[Report on the health of British troops in the Madras command]
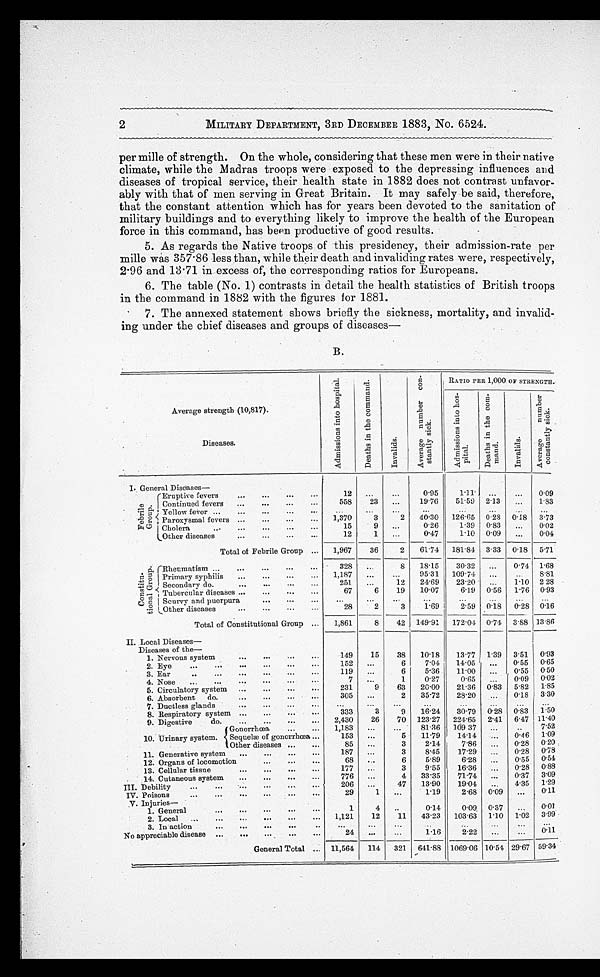
2
MILITARY DEPARTMENT, 3RD DECEMBER. 1883, No. 6524.
per mile of strength. On the whole, considering that these men were in their native
climate, while the Madras troops were exposed to the depressing influences and
diseases of tropical service, their health state in 1882 does not contrast unfavor
-
ably with that of men serving in Great Britain. It may safely be said, therefore,
that the constant attention which has for years been devoted to the sanitation of
military buildings and to everything likely to improve the health of the European
force in this command, has been productive of good results.
5. As regards the Native troops of this presidency, their admission-rate per
mile was 357.86 less than, while their death and invaliding rates were, respectively,
2.96 and 13.71 in excess of, the corresponding ratios for Europeans.
6. The table (No. 1) contrasts in detail the health statistics of British troops
in the command in 1882 with the figures for 1881.
7. The annexed statement shows briefly the sickness, mortality, and invalid-
ing under the chief diseases and groups of diseases
—
B.
Average strength (10,817).
A d m i s s i o n s i n t o h o s p i t a l .
D e a t h s i n t h e c o m m a n d .
I n v a l i d s .
Av e r a g e n u mb e r c o n - s t a n t l y s i c k . RATIO PER 1,000 OF STRENGTH.
A d m i s s i o n s i n t o h o s - p i t a l .
D e a t h s i n t h e c o m - m a n d .
I n v a l i d s .
A v e r a g e n u m b e r c o n s t a n t l y s i c k .
Diseases.
I. General Diséases
—
F e b r i l e G r o u p .
Eruptive fevers . . .
12
. . .
. . .
0.95
1.11 . . .
. . . 0.09
Continued fevers . . .
558
23
. . .
19.76
51.59 2.13
. . . 1.83
Yellow fever . . .
. . .
. . .
. . .
. . .
. . .
. . .
. . .
. . .
Paroxysmal fevers . . .
1,370
3
2
40.30
126.65 0.28 0.18 3.73
Cholera . . .
15
9
. . .
0.26
1.39 0.8
. . . 0.02
Other diseases . . .
12
1
. . .
0.47
1.10 0.09
. . .
0.04
Total of Febrile Group . . .
1,967
36
2
61.74 181.84 3.33 0.18 5.71
C o n s t i t n - t i o n a l G r o u p .
Rheumatism . . .
328
. . .
8
18.15
30.32
. . .
0.74 1.68
Primary syphilis . . .
1,187
. . .
. . . 95.31
109.74
. . .
. . . 8.81
Secondary do . . .
251
. . .
12
24.69
23.20
. . . 1.10 2.28
Tubercular diseases . . .
67
6
19
10.07
6.19 0.56 1.76 0.93
Scurvy and puerpura . . .
. . .
. . .
. . .
. . .
. . . . . .
. . .
. . .
Other Other diseases . . .
28
2
3
1.69
2.59 0.18 0.28 0.16
Total of Constitutional Group . . .
1,861
8
42 149.91
172.04 0.74 3.88 13.86
II. Local Diseases
—
Diseases of the
—
1. Nervous system . . .
149
15
38
10.18
13.77 1.39 3.51 0.93
2. Eye . . .
152
. . .
6
7.04
14.05
. . .
0.55 0.65
3..Ear . . .
119
. . .
6
5.36
11.00
. . . 0.55 0.50
4. Nose . . .
7
. . .
1
0.27
0.6
. . . 0.09 0.02
5. Circulatory system . . .
231
9
63
20.00
21.36 0..83 5.82 1.85
6. Absorbent do . . .
305
. . .
2
35.72
28.20
. . .
0.18 3.30
7. D uctless glands . . .
. . .
. . . . . .
. . .
. . .
. . .. . .
. . .
8. Respiratory system . . .
333
3
9
16.24
30.79 0.28 0.83 1.50
9. Digestive
do . . .
2,430
26
70 123.27 224.65 2.41 6.47 11.40
10. Urinary system.
Gonorrhœa . . .
1,183
. . .
. . .
81.36 109.37
. . .
. . . 7.52
Sequelæ of gonorrhœa
. . .
153
. . .
5
11.79
14.14
. . .
0.46 1.09
Other diseases . . .
85
. . .
3
2.14
7.86
. . . 0.28 0.20
11. Generative system . . .
187
. . .
3
8.45
17.29
. . .
0.28 0.78
12. Organs of locomotion . . .
68
. . .
6
5.89
6.28
. . . 0.55 0.54
13. Cellular tissue . . .
177
. . .
3
9.55
16.36
. . .
0.28 0.88
14. Cutaneous system . . .
776
. . .
4
33.35
71.74
. . . 0.37 3.09
III. Debility . . .
206
. . .
47
13.90
19.0
4.35 1.29
IV. Poisons . . .
29
1
. . .
1.19
2.68 0.09
. . . 0.11
V. Injuries —
1. General . . .
1
4
. . .
0.14
0.09. 0.37
. . . 0.01
2. Local . . .
1,121
12
11
43.23
103.63 1.10 1.02 3.99
3. In action . . .
. . .
. . .
. . .
. . .
. . .
. . .
. . .
. . .
No appreciable disease . . .
24
. . .
. . .
1.16
2.22
. . .. . .
0.11
General Total . . . 11,564
114
321 641.88 1069.06 10.51 29.67 59.34